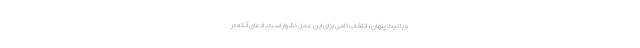
و با نیت پنهان ، انتخاب نامی برای این عمل دشوار است. ادعای آنکه در